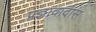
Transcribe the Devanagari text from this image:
प्रज्ञावादास